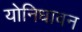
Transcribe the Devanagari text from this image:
योनिधावन